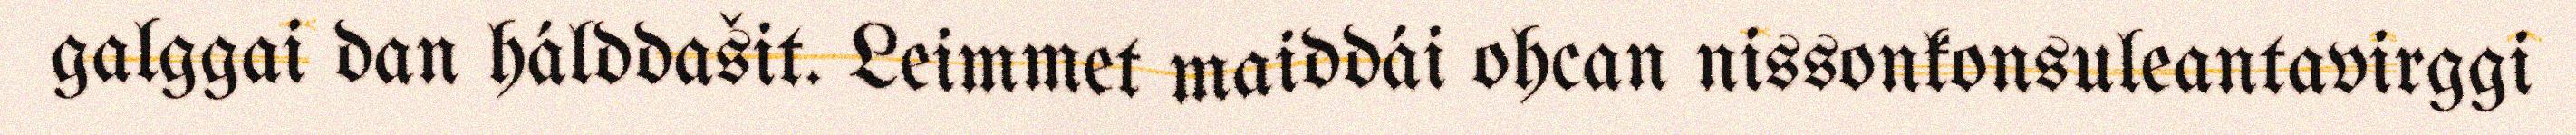
galggai dan hálddašit. Leimmet maiddái ohcan nissonkonsuleantavirggi